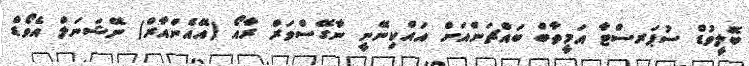
ބޮލީވުޑް ސުޕަރސްޓާ އަމީތާބް ބައްޗަންއަށް އައްކިނޭނީ ނާގޭސްވަރް ރާއޯ (އޭއެންއާރް) ނޭޝަނަލް އެވޯޑް